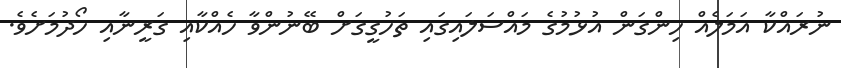
ނުރައްކާ އަމަލެއް ހިންގަން އުޅުމުގެ މައްސަލައިގައި ތަހުގީގަށް ބޭނުންވާ ހެއްކާއި ގަރީނާއި ހޯދުމަށެވެ.